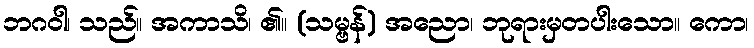
ဘဂဝါ၊ သည်။ အကာသိ၊ ၏။ (သမ္ဗန်) အညော၊ ဘုရားမှတပါးသော။ ကော၊